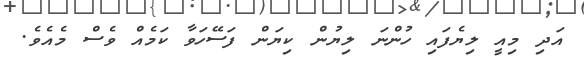
އަދި މިއީ ލިޔެފައި ހުންނަ ލިޔުން ކިޔަން ފަސޭހަވާ ކަމެއް ވެސް މެއެވެ.